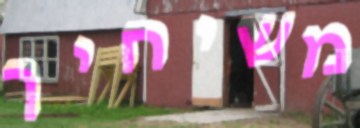
משיחיך